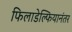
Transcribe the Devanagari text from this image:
फिलाडेल्फियानंतर